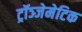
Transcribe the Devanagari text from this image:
ट्रॉञ्जेमेटिक